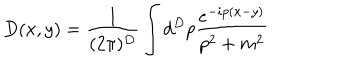
D ( x , y ) = \frac { 1 } { ( 2 \pi ) ^ { D } } \int d ^ { D } p \frac { e ^ { - i p ( x - y ) } } { p ^ { 2 } + m ^ { 2 } }